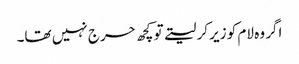
اگر وہ لام کو زیر کر لیتے تو کچھ حرج نہیں تھا۔